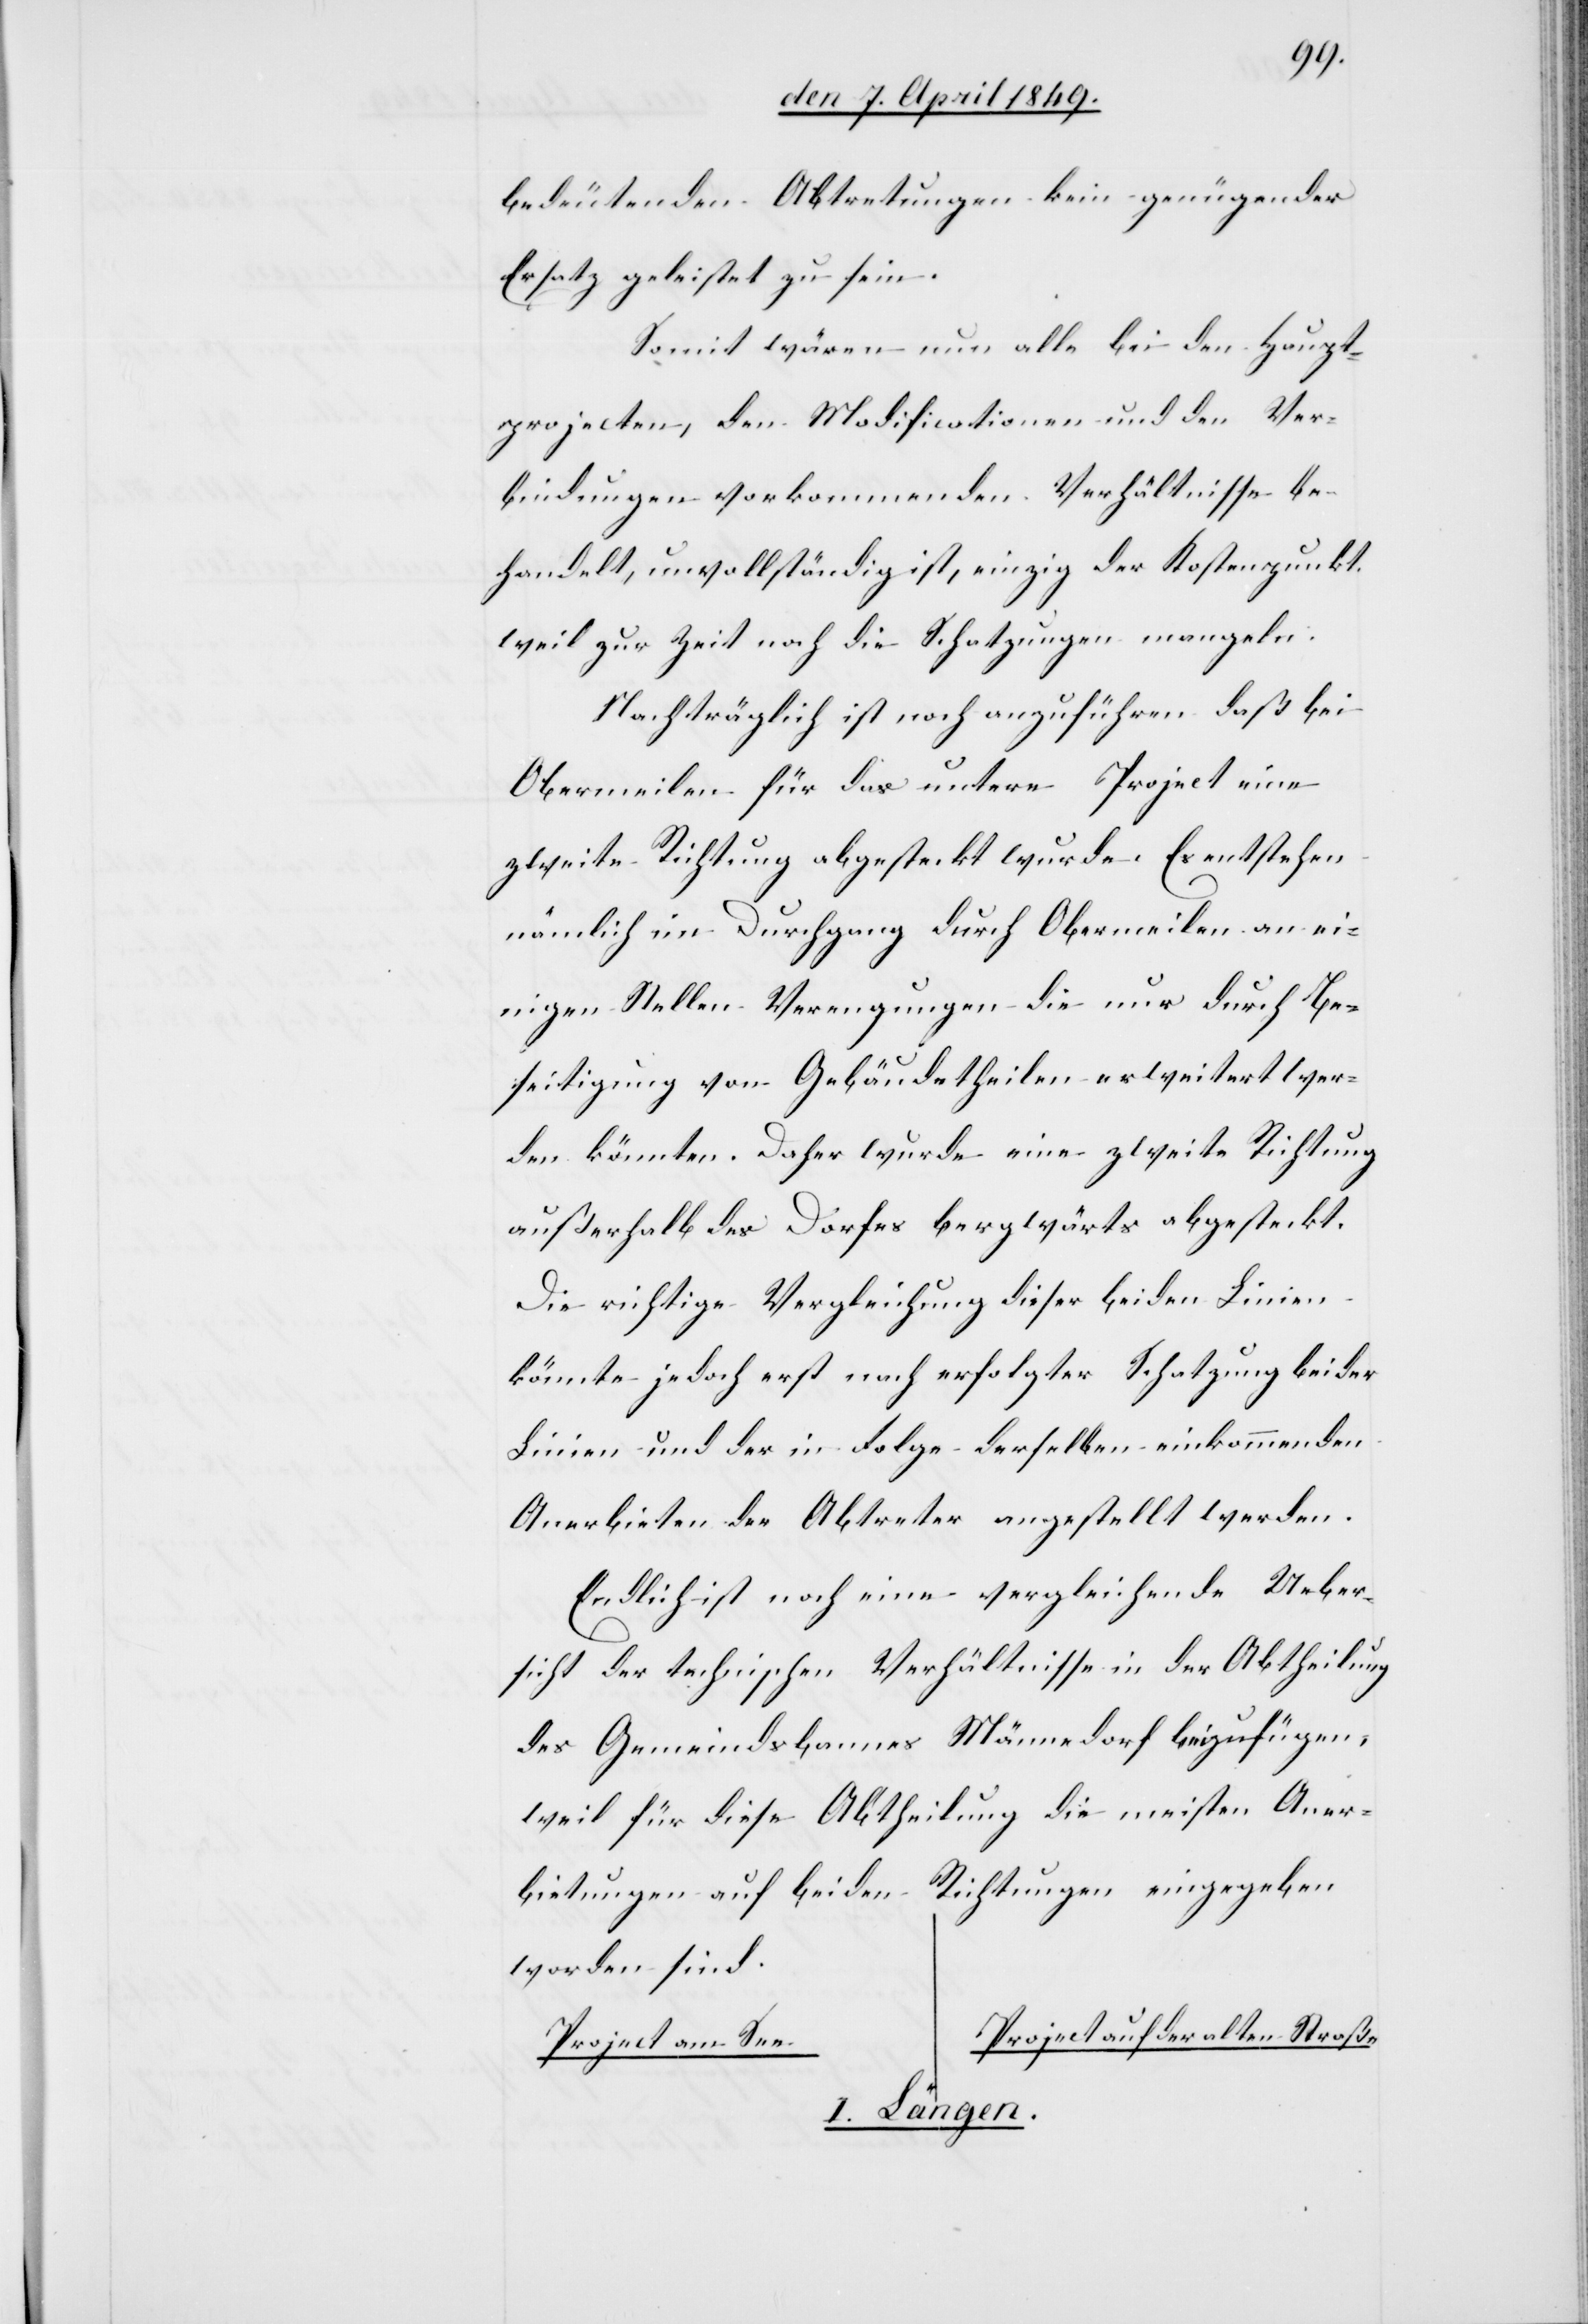
bedeutenden Abtretungen kein genügender
Ersatz geleistet zu sein.
Somit wären nun alle bei den Haupt¬
projecten, den Modificationen und den Ver¬
bindungen vorkommenden Verhältnisse be¬
handelt, unvollständig ist, einzig der Kostenpunkt,
weil zur Zeit noch die Schatzungen mangeln.
Nachträglich ist noch anzuführen daß bei
Obermeilen für das untere Project eine
zweite Richtung abgesteckt wurde. Es entstehen
nämlich im Durchgang durch Obermeilen an ei¬
nigen Stellen Verengungen die nur durch Be¬
seitigung von Gebäudetheilen erweitert wer¬
den könnten. Daher wurde eine zweite Richtung
außerhalb des Dorfes bergwärts abgesteckt.
Die richtige Vergleichung dieser beiden Linien
könnte jedoch erst nach erfolgter Schatzung beider
Linien und der in Folge derselben einkommenden
Anerbieten der Abtreter angestellt werden.
Endlich ist noch eine vergleichende Ueber¬
sicht der technischen Verhältnisse in der Abtheilung
des Gemeindsbannes Männedorf beizufügen,
weil für diese Abtheilung die meisten Aner¬
bietungen auf beiden Richtungen eingegeben
worden sind.
Project auf der alten Straße
Project am See.
I. Längen.